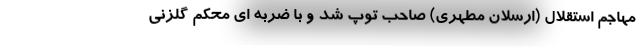
مهاجم استقلال (ارسلان مطهری) صاحب توپ شد و با ضربه ‌ای محکم گلزنی